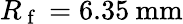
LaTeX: R_{\mathrm{~f~}}=6.35\: \mathrm{mm}